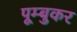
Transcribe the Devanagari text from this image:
पूम्बुकर